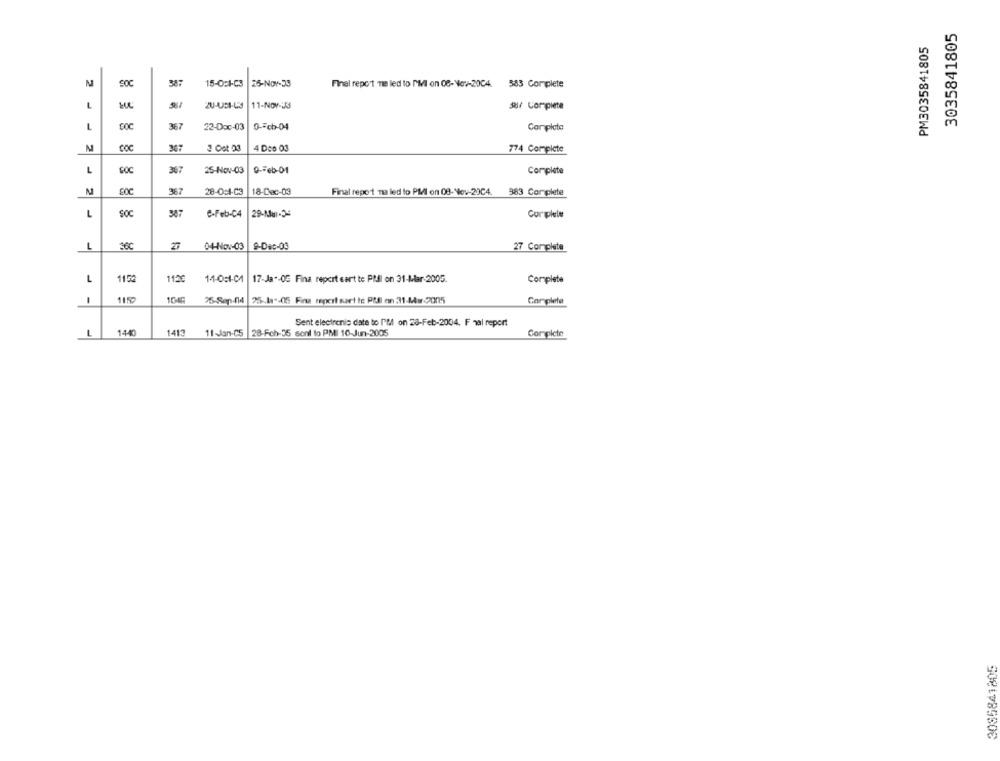
3035841805
PM3035841805
N
SOC
387
15-0:1-C3 25-Nov-33
Final report me led to M'Ml on 08-Nov-2004. 583 Complete
L
ZU-USI-L3
11-NOV-35
387 Completa
L
367
22-Doc-03
0-Fcb-04
Completo
N
3 Oot 93
4 Doo 03
774 Complete
L
25-Nov-03
9-Feb-01
Complete
for
367
28-0:4-C3
18-Dec-03
Final report na led to PMI on 08-Nov-29C4. 983 Complete
L
SOC
387
e-Feb-C4
29-Mur-2-
Curplele
L
36C
27
04-Nov-03
9-Dec-03
27 Complete
L
1152
112€
11-0:1-04
17-Ja"-OG Fina report cart te Pill on 31-Mar-2005.
Complete
1150
1045
25-Sep-04
25.1 -05 Fina reperi sart te Pffl on 31-Mir-2005
Completa
Sent electronic date to I'M on 28-Feb-2004. F nal report
L
1440
1413
11-Jan-CS
28-Fch-55 sont to PMI 10-Jun-2005
Complete
3085841805